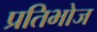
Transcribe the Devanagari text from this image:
प्रतिभोज